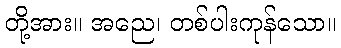
တို့အား။ အညေ၊ တစ်ပါးကုန်သော။